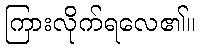
ကြားလိုက်ရလေ၏။